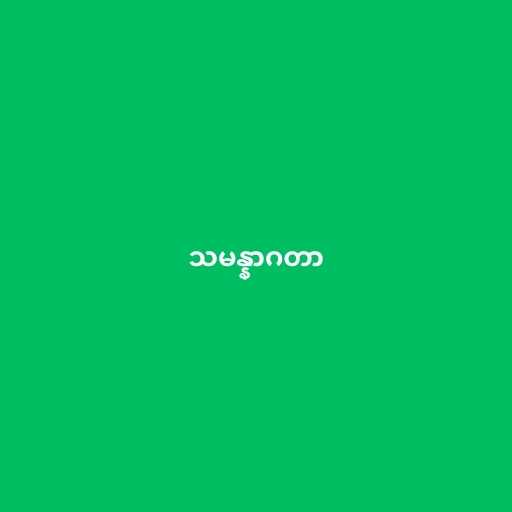
သမန္နာဂတာ